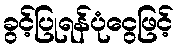
ခွင့်ပြုရန်ပုံငွေဖြင့်